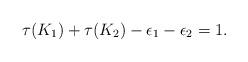
LaTeX: \begin{align*}\tau(K_1)+\tau(K_2)-\epsilon_1-\epsilon_2=1.\end{align*}